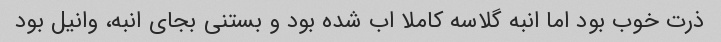
ذرت خوب بود اما انبه گلاسه کاملا اب شده بود و بستنی بجای انبه، وانیل بود